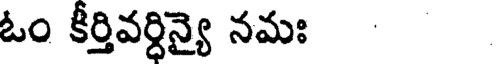
ఓం కీర్తివర్ధిన్యై నమః